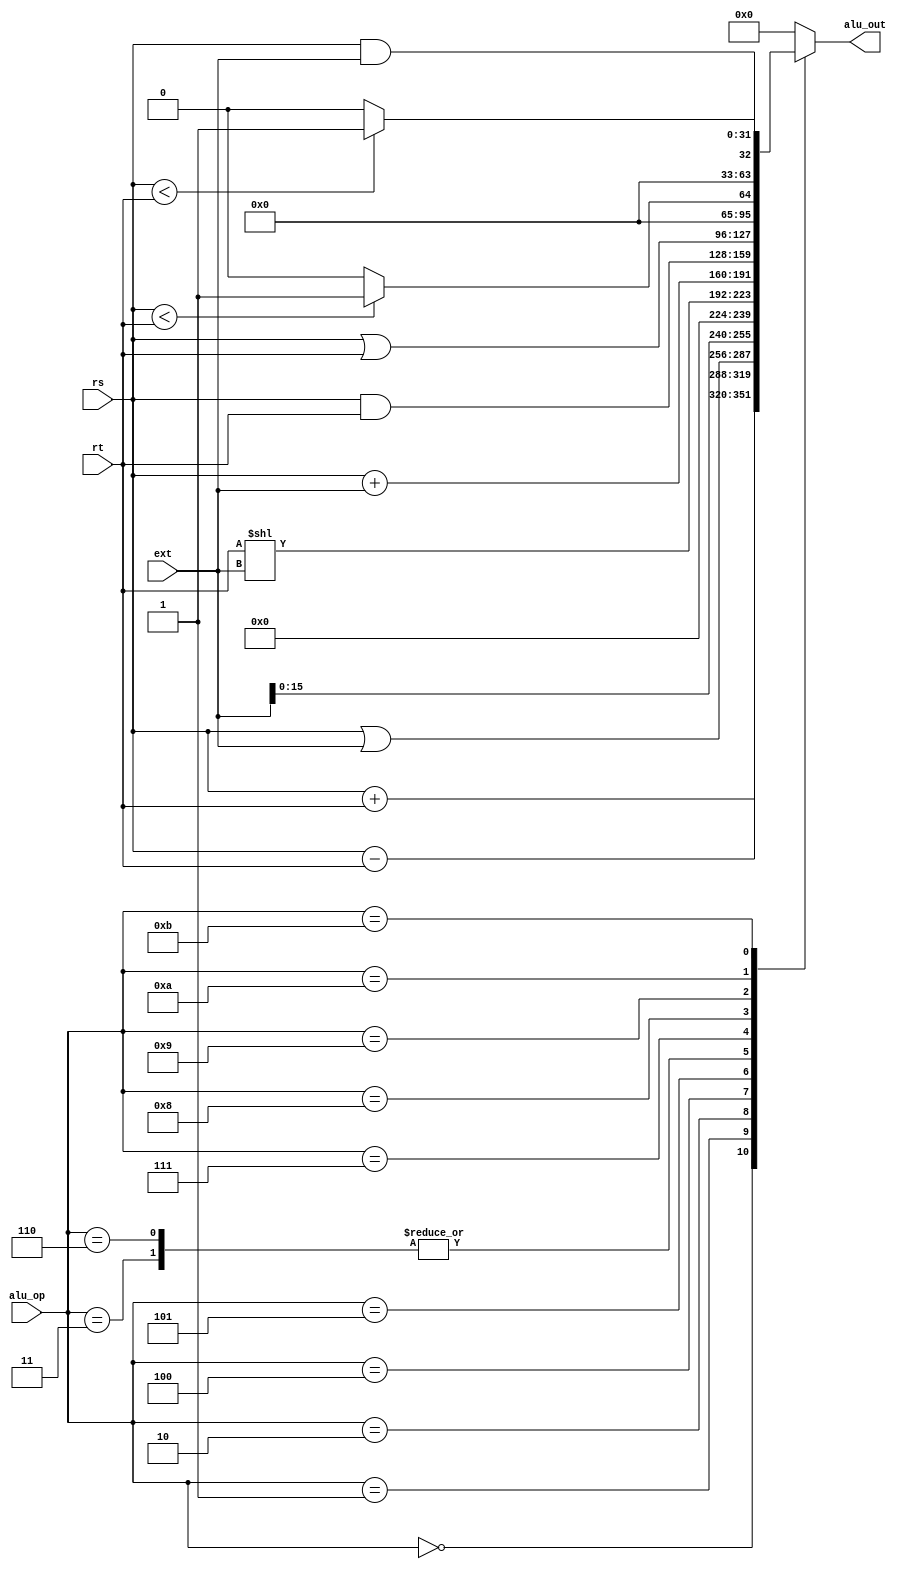
module ALU (
    input  [31:0] rs,
    input  [31:0] rt,
    input  [31:0] ext,
    input  [ 3:0] alu_op,
    output [31:0] alu_out
);
    reg [31:0] ans;

    assign alu_out = ans;

    always @(*) begin
        case (alu_op)
            4'd0: ans = rs + rt;  //add
            4'd1: ans = rs - rt;  //sub
            4'd2: ans = rs | ext;  //ori
            4'd3: ans = rs + ext;  //lw sw
            4'd4: ans = ext << 5'd16;  //lui
            4'd5: ans = rt << ext;  //sll
            4'd6: ans = rs + ext;  //addi
            4'd7: ans = rs & rt;  //and
            4'd8: ans = rs | rt;  //or
            4'd9: ans = ($signed(rs) < $signed(rt)) ? 1 : 0;  //slt
            4'd10: ans = rs < rt ? 1 : 0;  //sltu
            4'd11: ans = rs & ext;  //andi
            default: ans = 0;
        endcase

    end
endmodule